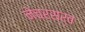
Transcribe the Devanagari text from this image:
नेचरसर्व